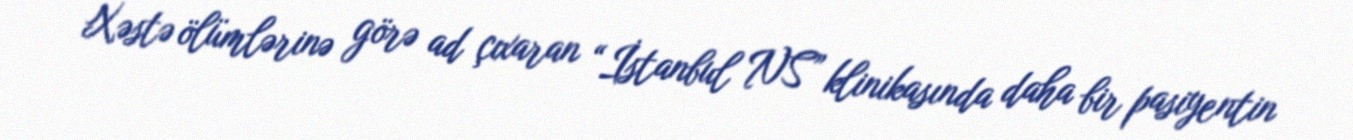
Xəstə ölümlərinə görə ad çıxaran “İstanbul NS” klinikasında daha bir pasiyentin